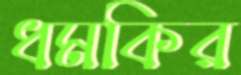
ধমকির